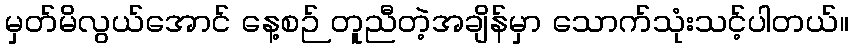
မှတ်မိလွယ်အောင် နေ့စဉ် တူညီတဲ့အချိန်မှာ သောက်သုံးသင့်ပါတယ်။